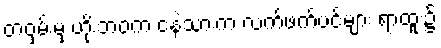
တဝှမ်းမှ ဟိုးဘဝက ငနဲသားက လက်ဖက်ပင်များ ရာထူး၌